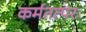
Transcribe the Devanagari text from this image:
कर्मतत्परः